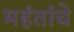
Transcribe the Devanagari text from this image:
महंतांचे